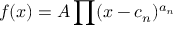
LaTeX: f ( x ) = A \prod ( x - c _ { n } ) ^ { a _ { n } }